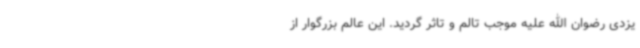
یزدی رضوان الله علیه موجب تالم و تاثر گردید. این عالم بزرگوار از